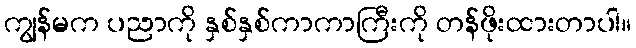
ကျွန်မက ပညာကို နှစ်နှစ်ကာကာကြီးကို တန်ဖိုးထားတာပါ။